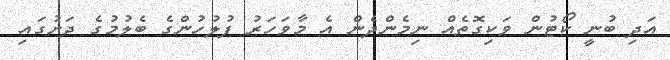
އަދި ބުނީ ކޯޓުން ވަކިގޮތެއް ނިމެންދެން އެ މާވަހަރު ފުލުހުންގެ ބެލުމުގެ ދަށުގައި